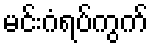
မင်းဂံရပ်ကွက်